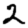
Digit: 2